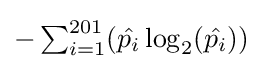
{\textstyle -\sum _{i=1}^{201}({\hat {p_{i}}}\log _{2}({\hat {p_{i}}}))}